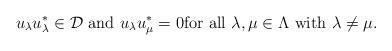
LaTeX: \begin{align*} \text{ $u_\lambda u_\lambda^*\in \mathcal D$ and $u_\lambda u_\mu^*=0$for all $\lambda, \mu\in \Lambda$ with $\lambda\ne \mu$.} \end{align*}